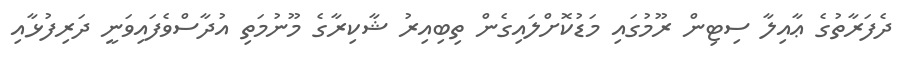
ދެފަރާތުގެ ޢާއިލާ ސިޓިން ރޫމުގައި މަޑުކޮށްލައިގެން ތިބިއިރު ޝާކިރާގެ މޫނުމަތި އުދާސްވެފައިވަނީ ދަރިފުޅާއި